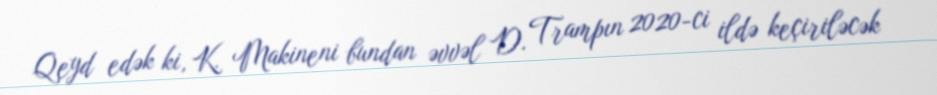
Qeyd edək ki, K. Makineni bundan əvvəl D. Trampın 2020-ci ildə keçiriləcək